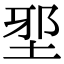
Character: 𡌯